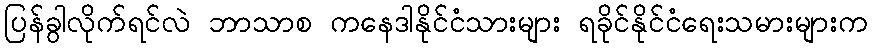
ပြန်ခွါလိုက်ရင်လဲ ဘာသာစ ကနေဒါနိုင်ငံသားများ ရခိုင်နိုင်ငံရေးသမားများက